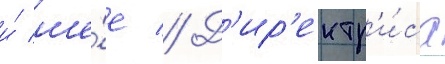
и́ ше́е // Д'ир'ектр'и́са